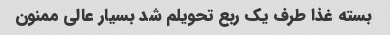
بسته غذا طرف یک ربع تحویلم شد بسیار عالی ممنون